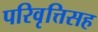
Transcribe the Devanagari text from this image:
परिवृत्तिसह